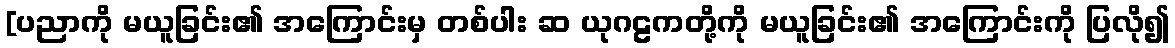
[ပညာကို မယူခြင်း၏ အကြောင်းမှ တစ်ပါး ဆ ယုဂဠကတို့ကို မယူခြင်း၏ အကြောင်းကို ပြလို၍